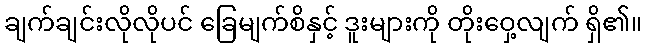
ချက်ချင်းလိုလိုပင် ခြေမျက်စိနှင့် ဒူးများကို တိုးဝှေ့လျက် ရှိ၏။